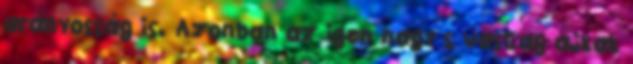
arányosság is. Azonban az igen nagy s vastag ajkak